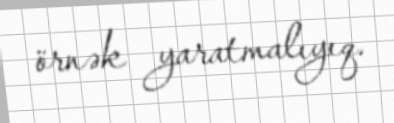
örnək yaratmalıyıq.